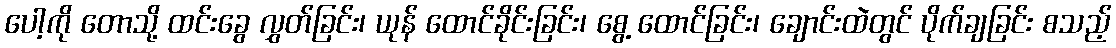
ပေါ့ကို တောသို့ ထင်းခွေ လွှတ်ခြင်း၊ ယုန် ထောင်ခိုင်းခြင်း၊ စွေ့ ထောင်ခြင်း၊ ချောင်းထဲတွင် ပိုက်ချခြင်း စသည့်